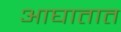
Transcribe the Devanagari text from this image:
आघातात